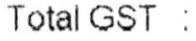
TOTAL GST :